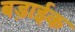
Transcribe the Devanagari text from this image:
बड़ाईक